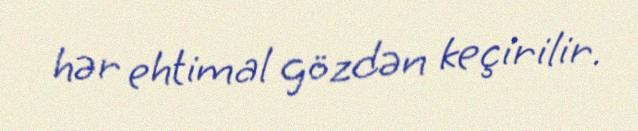
hər ehtimal gözdən keçirilir.